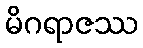
မိဂရာဇဿ